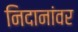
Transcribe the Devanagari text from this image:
निदानांवर